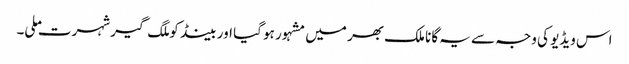
اس ویڈیو کی وجہ سے یہ گانا ملک بھر میں مشہور ہو گیا اور بینڈ کو ملگ گیر شہرت ملی۔